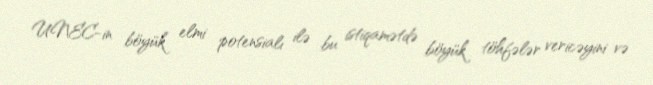
UNEC-in böyük elmi potensialı ilə bu istiqamətdə böyük töhfələr vericəyini və